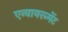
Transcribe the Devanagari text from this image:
एन्वायरन्मेंट